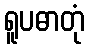
ရူပဓာတုံ